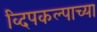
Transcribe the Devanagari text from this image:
व्दिपकल्पाच्या